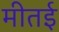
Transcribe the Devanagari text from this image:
मीतई